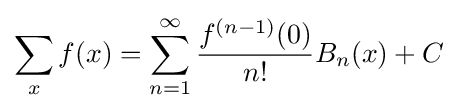
\sum _{x}f(x)=\sum _{n=1}^{\infty }{\frac {f^{(n-1)}(0)}{n!}}B_{n}(x)+C